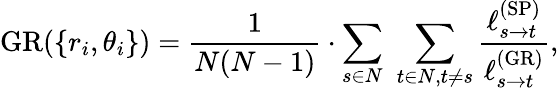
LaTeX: \mathrm{GR}(\{ r_{i},\theta_{i}\} )=\frac{1}{N(N-1)}\cdot\sum_{s\in N}\, \, \sum_{t\in N,t\neq s}\frac{\ell_{s\rightarrow t}^{\mathrm{(SP)}}}{\ell_{s\rightarrow t}^{\mathrm{(GR)}}},